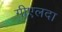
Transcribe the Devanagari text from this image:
गीएलदा